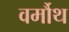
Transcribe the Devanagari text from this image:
वर्मौथ